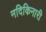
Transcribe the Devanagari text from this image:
नदिकिनारी